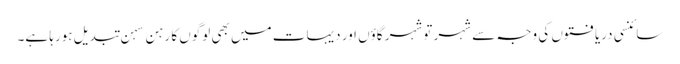
سائنسی دریافتوں کی وجہ سے شہر توشہر گاؤں اور دیہات میں بھی لوگوں کا رہن سہن تبدیل ہورہا ہے۔